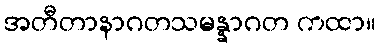
အတီတာနာဂတသမန္နာဂတ ကထာ။